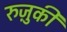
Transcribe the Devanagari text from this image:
रुज़ुकी